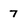
Character: 7